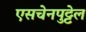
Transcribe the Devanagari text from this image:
एसचेनपुट्टेल